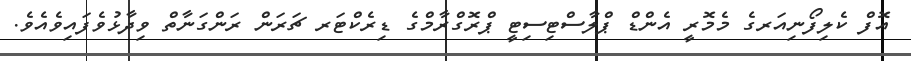
އޮފް ކެލިފޯނިއަރގެ މެމޮރީ އެންޑް ޕްލާސްޓިސިޓީ ޕްރޮގްރާމްގެ ޑިރެކްޓަރ ޗަރަން ރަންގަނާތް ވިދާޅުވެފައިވެއެވެ.